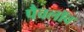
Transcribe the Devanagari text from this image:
पैवलॉव